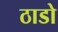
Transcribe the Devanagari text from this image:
ठाडो